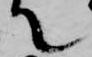
て